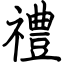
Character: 禮